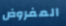
المفروض